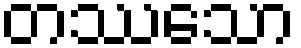
တဿေသာ